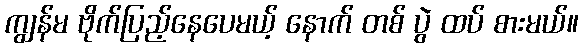
ကျွန်မ ဗိုက်ပြည့်နေပေမယ့် နောက် တစ် ပွဲ ထပ် စားမယ်။